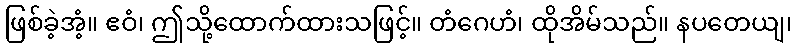
ဖြစ်ခဲ့အံ့။ ဧဝံ၊ ဤသို့ထောက်ထားသဖြင့်။ တံဂေဟံ၊ ထိုအိမ်သည်။ နပတေယျ၊